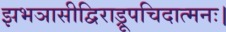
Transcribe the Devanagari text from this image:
झभञासीद्विराड्रूपचिदात्मनः।